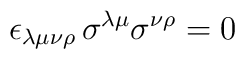
\epsilon_{\lambda\mu\nu\rho}\,\sigma^{\lambda\mu}\sigma^{\nu\rho}=0